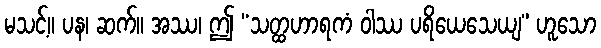
မသင့်။ ပန၊ ဆက်။ အဿ၊ ဤ “သတ္ထဟာရကံ ဝါဿ ပရိယေသေယျ” ဟူသော